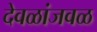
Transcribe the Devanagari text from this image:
देवळांजवळ